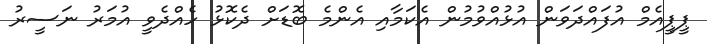
ޕީޕީއެމް އުފައްދަވަން އުޅުއްވުމުން އެކަމާއި އެންމެ ބޮޑަށް ދެކޮޅު ހެއްދެވީ އުމަރު ނަސީރު